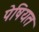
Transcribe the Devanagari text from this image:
पेषियत